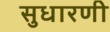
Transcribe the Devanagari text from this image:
सुधारणी